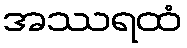
အဿရထံ